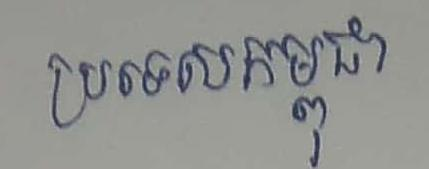
ប្រទេសកម្ពុជា